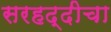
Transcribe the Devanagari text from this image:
सरहद्दीचा